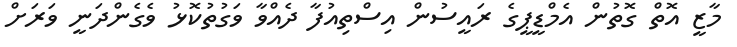
މާޒީ އޮތް ގޮތުން އެމްޑީޕީގެ ރައީސުން އިސްތިއުފާ ދެއްވާ ވަގުތުކޮޅު ވެގެންދަނީ ވަރަށް